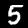
Label: 5